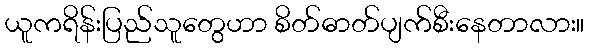
ယူကရိန်းပြည်သူတွေဟာ စိတ်ဓာတ်ပျက်စီးနေတာလား။